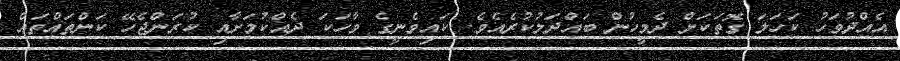
އެއްދުވަހު ކަހަލަ ގޮތަކަށް ދެމީހުން ބައްދަލުކުރެއެވެ. ކައިވެނީގެ ވާހަކަ ދެއްކުމަށާއި ކުރަންޖެހޭ ކަންތައްތައް